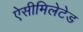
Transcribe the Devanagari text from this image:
ऐसीमिलेटेड